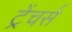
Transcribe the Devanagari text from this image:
ट्रेंचर्स